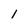
Character: 1